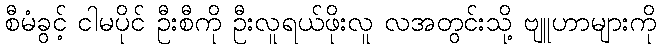
စီမံခွင့် ငါမပိုင် ဦးစီကို ဦးလူရယ်ဖိုးလူ လအတွင်းသို့ ဗျူဟာများကို